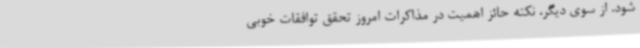
شود. از سوی دیگر، نکته حائز اهمیت در مذاکرات امروز تحقق توافقات خوبی